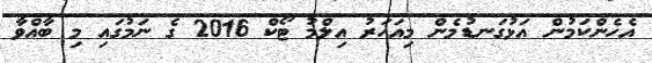
އެހެންކަމުން އަޅުގަނޑުމެން މިއަހަރު އިލްމު ޓޯކް 2016 ގެ ނަމުގައި މި ބާއްވާ